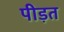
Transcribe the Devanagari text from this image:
पीड़त